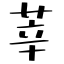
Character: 莘